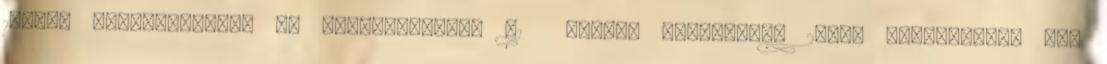
14-ben azonosították az Ebola-vírust. 41 Amikor szeptember 20-án Monroviában egy